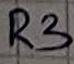
Text: R3